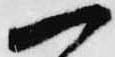
一